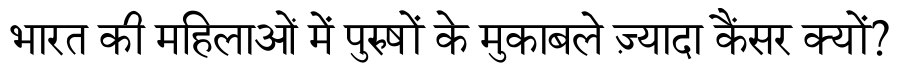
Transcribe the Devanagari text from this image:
भारत की महिलाओं में पुरुषों के मुकाबले ज़्यादा कैंसर क्यों?